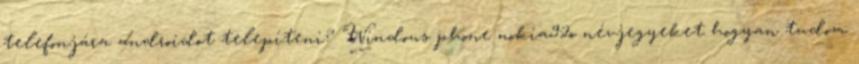
telefonjára androidot telepíteni? Windows phone nokia92o névjegyeket hogyan tudom